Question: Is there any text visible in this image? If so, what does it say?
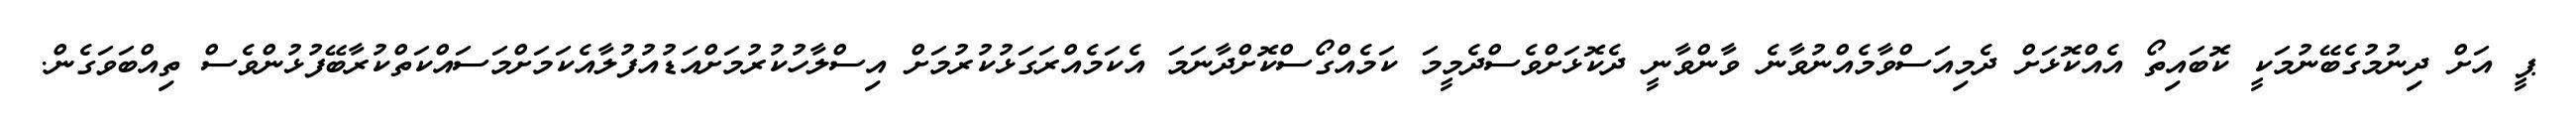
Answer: ޕީ އަށް ދިނުމުގެބޭނުމަކީ ކޮބައިތޯ އެއްކޮޅަށް ދެމިއަސްވާމެއްނުވާނެ ވާންވާނީ ދެކޮޅަށްވެސްދެމީމަ ކަމެއްގޯސްކޮށްދާނަމަ އެކަމެއްރަގަޅުކުރުމަށް އިސްލާހުކުރުމަށްއަޑުއުފުލާއެކަމަށްމަސައްކަތްކުރާބޭފުޅުންވެސް ތިއްބަވަގެން.